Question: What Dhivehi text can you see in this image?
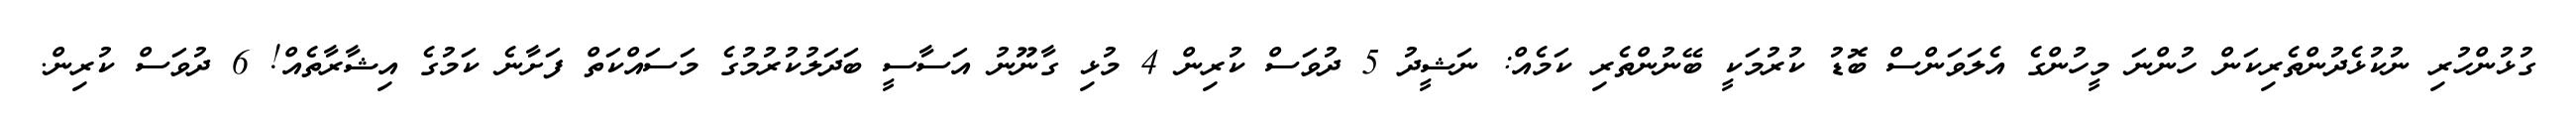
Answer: ގުޅުންހުރި ނުކުޅެދުންތެރިކަން ހުންނަ މީހުންގެ އެލަވަންސް ބޮޑު ކުރުމަކީ ބޭނުންތެރި ކަމެއް: ނަޝީދު 5 ދުވަސް ކުރިން 4 މުޅި ގާނޫނު އަސާސީ ބަދަލުކުރުމުގެ މަސައްކަތް ފަށާނެ ކަމުގެ އިޝާރާތެއް! 6 ދުވަސް ކުރިން.